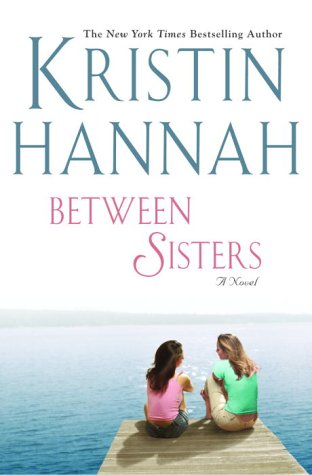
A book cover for Between Sisters; Kristin Hannah; Literature & Fiction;